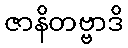
ဇာနိတဗ္ဗာဒိ